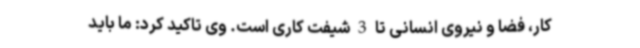
کار، فضا و نیروی انسانی تا 3 شیفت کاری است. وی تاکید کرد: ما باید